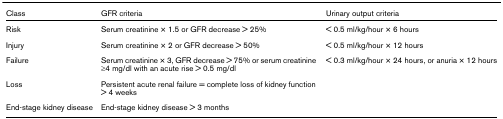
<table><thead><tr><td><b>Class</b></td><td><b>GFR criteria</b></td><td><b>Urinary output criteria</b></td></tr></thead><tbody><tr><td>Risk</td><td>Serum creatinine × 1.5 or GFR decrease &gt; 25%</td><td>&lt; 0.5 ml/kg/hour × 6 hours</td></tr><tr><td>Injury</td><td>Serum creatinine × 2 or GFR decrease &gt; 50%</td><td>&lt; 0.5 ml/kg/hour × 12 hours</td></tr><tr><td>Failure</td><td>Serum creatinine × 3, GFR decrease &gt; 75% or serum creatinine ≥4 mg/dl with an acute rise &gt; 0.5 mg/dl</td><td>&lt; 0.3 ml/kg/hour × 24 hours, or anuria × 12 hours</td></tr><tr><td>Loss</td><td>Persistent acute renal failure = complete loss of kidney function &gt; 4 weeks</td><td></td></tr><tr><td>End-stage kidney disease</td><td>End-stage kidney disease &gt; 3 months</td><td></td></tr></tbody></table>